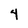
Character: 4